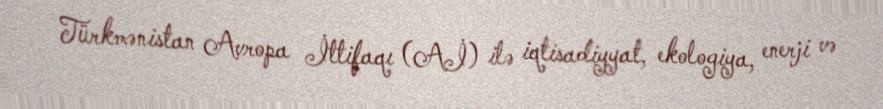
Türkmənistan Avropa İttifaqı (Aİ) ilə iqtisadiyyat, ekologiya, enerji və